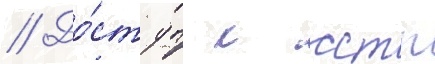
// До́ступ к сстп